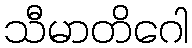
သီမာတိဂေါ